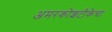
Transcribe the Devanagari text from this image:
अमरकोशटीकेचा